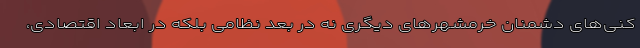
کنی‌های دشمنان خرمشهرهای دیگری نه در بعد نظامی بلکه در ابعاد اقتصادی،